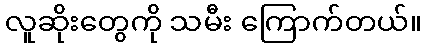
လူဆိုးတွေကို သမီး ကြောက်တယ်။